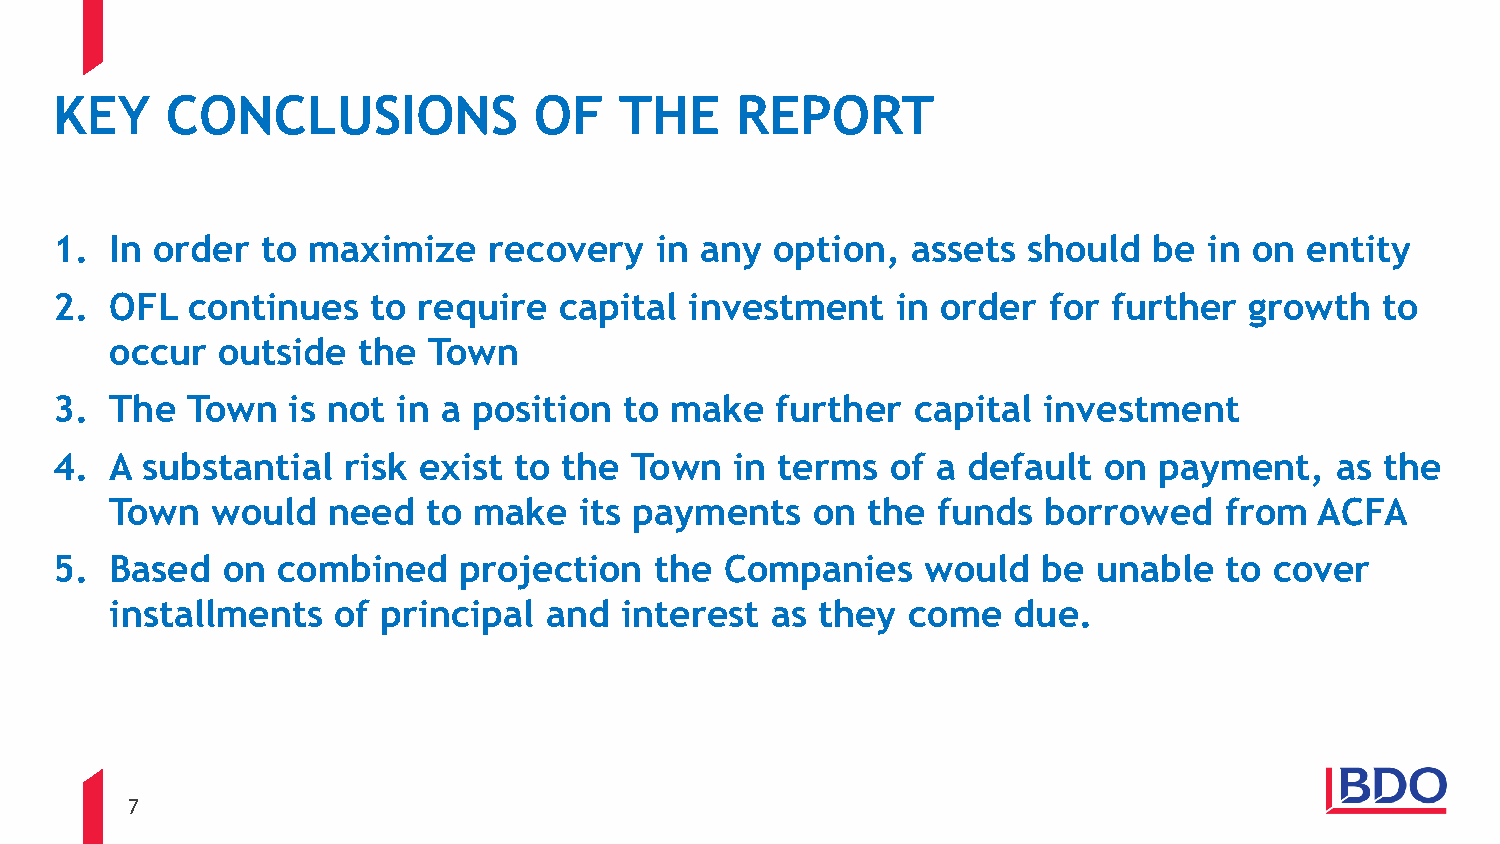
KEY    CONCLUSIONS             OF    THE     REPORT
 1. In order  to maximize    recovery   in any  option,  assets  should  be  in on entity
 2. OFL  continues   to  require  capital  investment   in order  for  further  growth   to
 occur  outside   the Town
 3. The  Town   is not in a position  to make   further   capital investment
 4. A substantial   risk exist to the  Town   in terms  of a default  on  payment,   as  the
 Town   would   need  to make   its payments    on the  funds  borrowed    from  ACFA
 5. Based   on combined    projection   the  Companies    would   be  unable  to cover
 installments   of principal  and  interest  as they  come   due.
 7